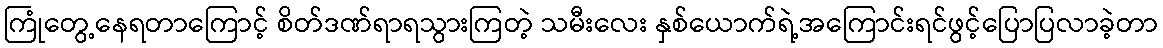
ကြုံတွေ့နေရတာကြောင့် စိတ်ဒဏ်ရာရသွားကြတဲ့ သမီးလေး နှစ်ယောက်ရဲ့အကြောင်းရင်ဖွင့်ပြောပြလာခဲ့တာ